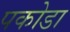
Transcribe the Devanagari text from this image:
पकोडा